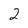
Character: 2